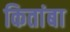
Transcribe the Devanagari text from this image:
कितांबा